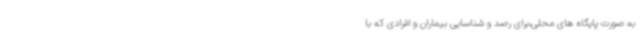
به صورت پایگاه های محلی،برای رصد و شناسایی بیماران و افرادی که با